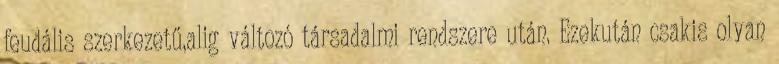
feudális szerkezetű,alig változó társadalmi rendszere után. Ezekután csakis olyan